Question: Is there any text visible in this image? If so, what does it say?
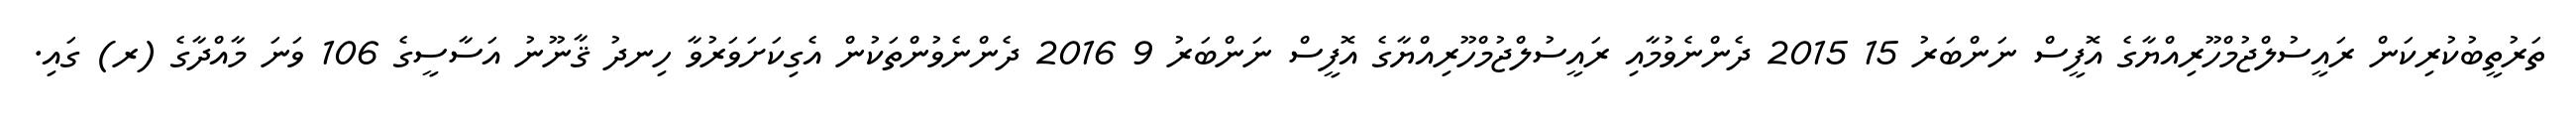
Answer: ތަރުތީބުކުރިކަން ރައީސުލްޖުމްހޫރިއްޔާގެ އޮފީސް ނަންބަރު 15 2015 ދެންނެވުމާއި ރައީސުލްޖުމްހޫރިއްޔާގެ އޮފީސް ނަންބަރު 9 2016 ދެންނެވުންތަކުން އެގިކަށަވަރުވާ ހިނދު ޤާނޫނު އަސާސީގެ 106 ވަނަ މާއްދާގެ (ރ) ގައި.